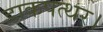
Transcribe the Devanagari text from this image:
डाकपत्थर।